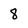
Character: 8